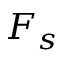
F _ { s }